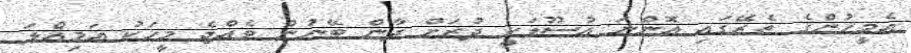
އެމީހުންގެ ތެރޭގައި އޮންނަ އުސޫލަކީ ދުރަށް ދާން ބޭނުން ވެއްޖެ މީހަކު އަމިއްލަ